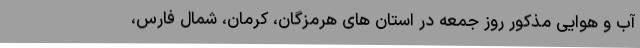
آب و هوایی مذکور روز جمعه در استان های هرمزگان، کرمان، شمال فارس،